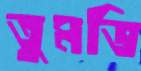
তুমভি